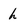
Character: h